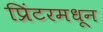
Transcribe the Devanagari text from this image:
प्रिंटरमधून